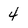
Character: 4